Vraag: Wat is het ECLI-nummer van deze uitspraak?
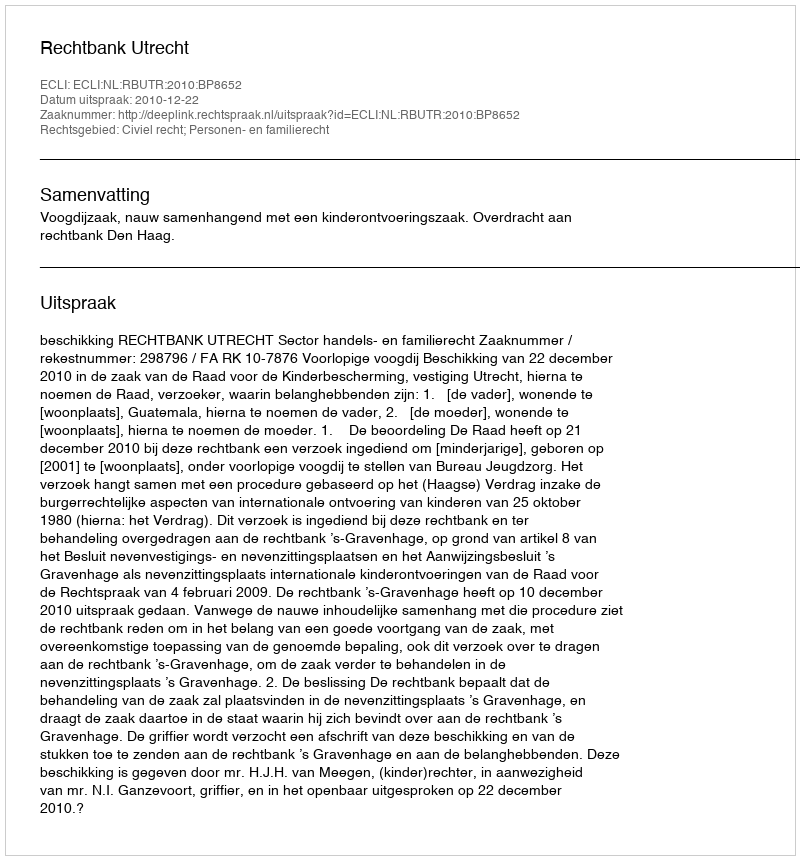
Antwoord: ECLI:NL:RBUTR:2010:BP8652